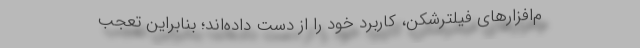
م‌افزارهای فیلترشکن، کاربرد خود را از دست ‌داده‌اند؛ بنابراین تعجب